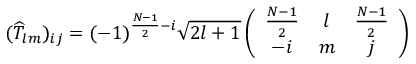
( \widehat { T } _ { l m } ) _ { i j } = ( - 1 ) ^ { \frac { N - 1 } { 2 } - i } \sqrt { 2 l + 1 } \left( \begin{array} { c c c } { \frac { N - 1 } { 2 } } & { l } & { \frac { N - 1 } { 2 } } \\ { - i } & { m } & { j } \end{array} \right)